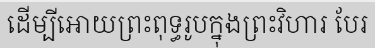
ដើម្បីអោយព្រះពុទ្ធរូបក្នុងព្រះវិហារ បែរ